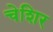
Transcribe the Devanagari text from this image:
चेशिर